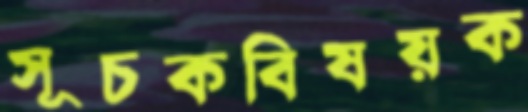
সূচকবিষয়ক